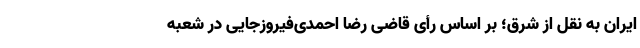
ایران به نقل از شرق؛ بر اساس رأی قاضی رضا احمدی‌فیروزجایی در شعبه